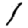
Digit: 1